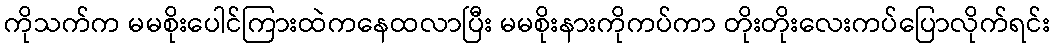
ကိုသက်က မမစိုးပေါင်ကြားထဲကနေထလာပြီး မမစိုးနားကိုကပ်ကာ တိုးတိုးလေးကပ်ပြောလိုက်ရင်း